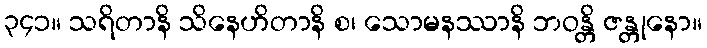
၃၄၁။ သရိတာနိ သိနေဟိတာနိ စ၊ သောမနဿာနိ ဘဝန္တိ ဇန္တုနော။